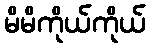
မိမိကိုယ်ကိုယ်